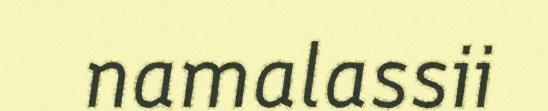
namalassii